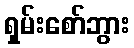
ရှမ်းစော်ဘွား